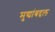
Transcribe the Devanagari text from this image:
मुद्यांबद्दल